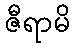
ဇီရာမိ